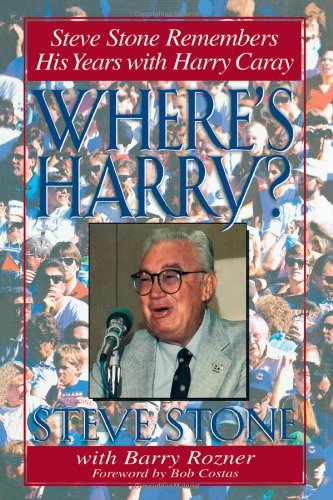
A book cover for Where's Harry?: Steve Stone Remembers 25 Years with Harry Caray; Steve Stone; Biographies & Memoirs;